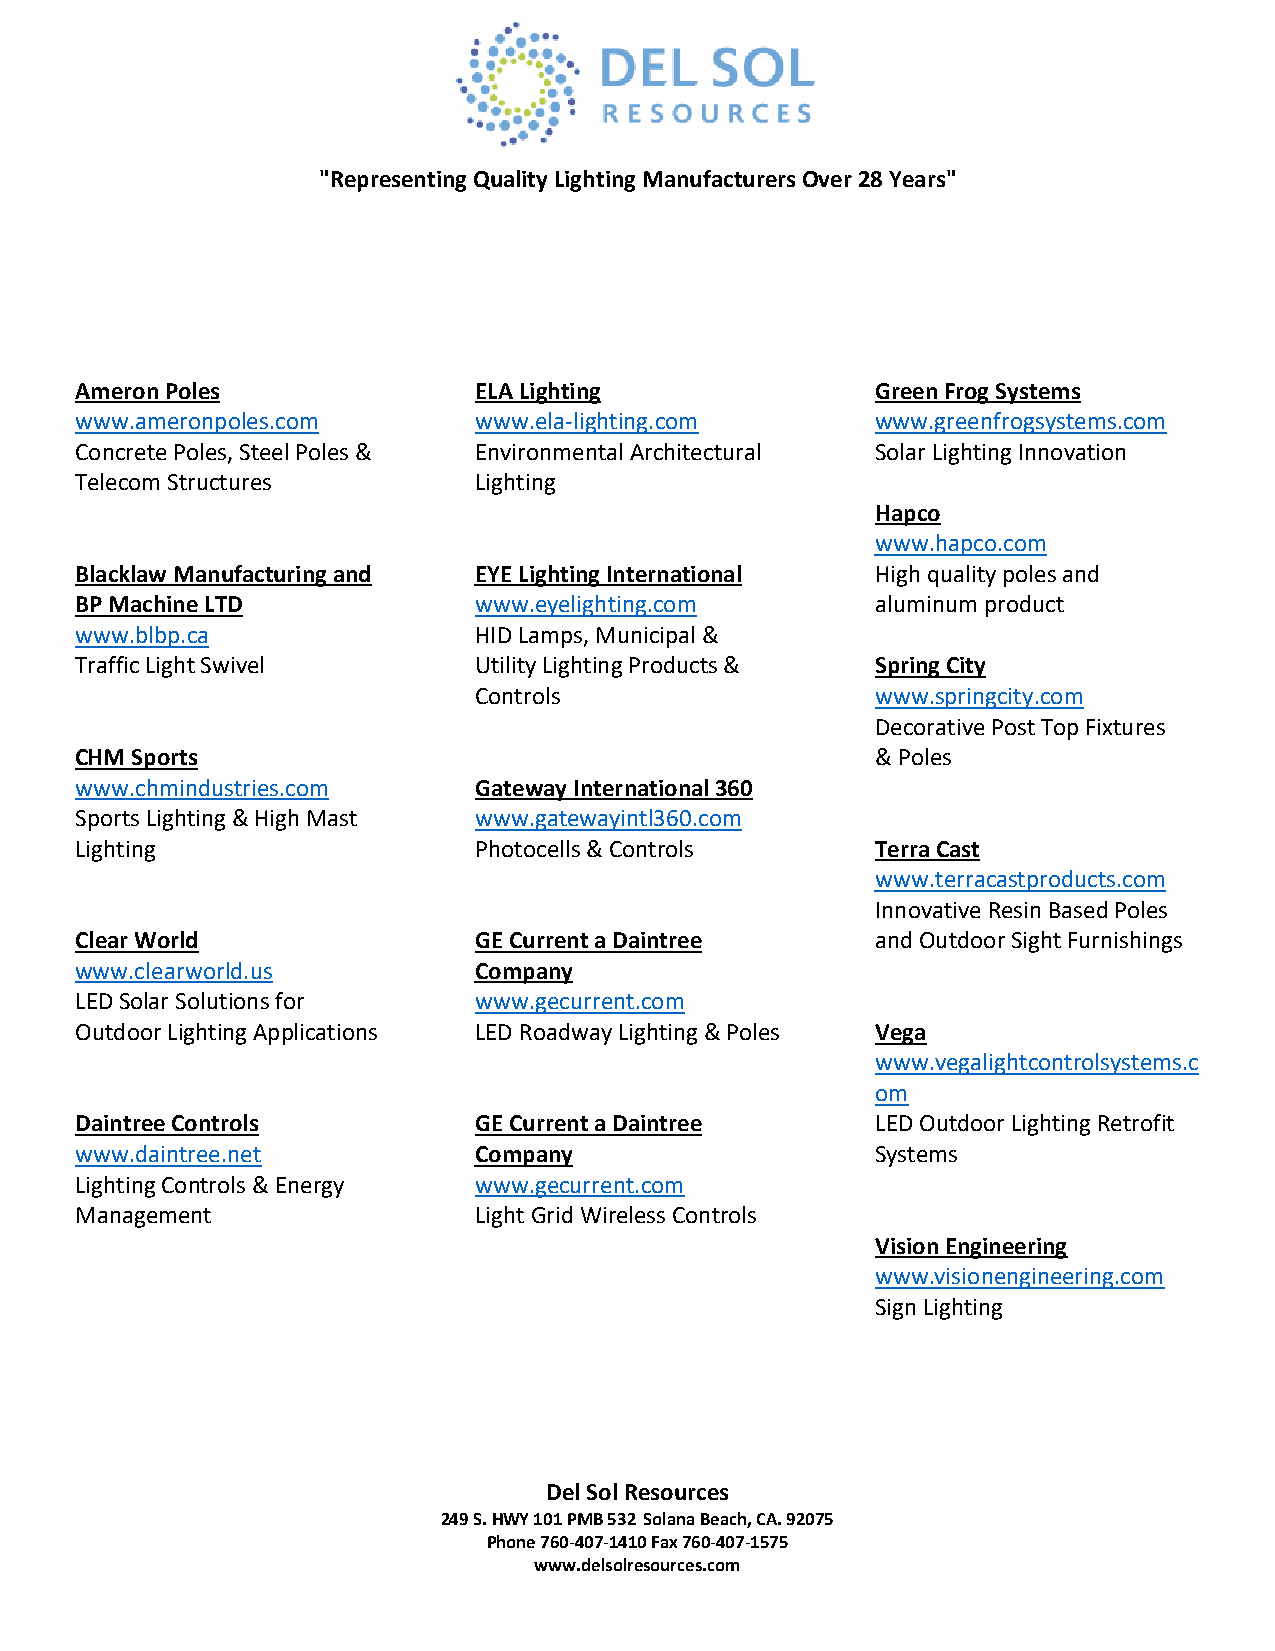
"Representing Quality Lighting Manufacturers Over 28 Years"
 Ameron Poles              ELA Lighting               Green Frog Systems
 www.ameronpoles.com       www.ela-lighting.com       www.greenfrogsystems.com
 Concrete Poles, Steel Poles & Environmental Architectural Solar Lighting Innovation
 Telecom Structures        Lighting
 Hapco
 www.hapco.com
 Blacklaw Manufacturing and EYE Lighting International High quality poles and
 BP Machine LTD            www.eyelighting.com        aluminum product
 www.blbp.ca               HID Lamps, Municipal &
 Traffic Light Swivel      Utility Lighting Products & Spring City
 Controls                   www.springcity.com
 Decorative Post Top Fixtures
 CHM Sports                                           & Poles
 www.chmindustries.com     Gateway International 360
 Sports Lighting & High Mast www.gatewayintl360.com
 Lighting                  Photocells & Controls      Terra Cast
 www.terracastproducts.com
 Innovative Resin Based Poles
 Clear World               GE Current a Daintree      and Outdoor Sight Furnishings
 www.clearworld.us         Company
 LED Solar Solutions for   www.gecurrent.com
 Outdoor Lighting Applications LED Roadway Lighting & Poles Vega
 www.vegalightcontrolsystems.c
 om
 Daintree Controls         GE Current a Daintree      LED Outdoor Lighting Retrofit
 www.daintree.net          Company                    Systems
 Lighting Controls & Energy www.gecurrent.com
 Management                Light Grid Wireless Controls
 Vision Engineering
 www.visionengineering.com
 Sign Lighting
 Del Sol Resources
 249 S. HWY 101 PMB 532 Solana Beach, CA. 92075
 Phone 760-407-1410 Fax 760-407-1575
 www.delsolresources.com